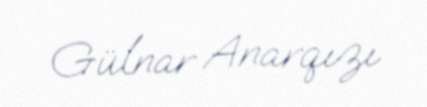
Gülnar Anarqızı